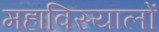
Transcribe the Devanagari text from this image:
महाविस्यालों